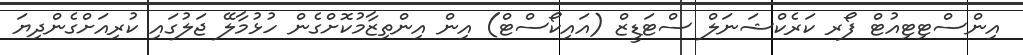
އިންސްޓިޓިއުޓް ފޯރ ކަރެކްޝަނަލް ސްޓަޑީޒް (އައިކޯސްޓް) އިން އިންތިޒާމުކޮށްގެން ހުޅުމާލޭ ޖަލުގައި ކުރިއަށްގެންދިޔަ